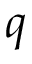
q